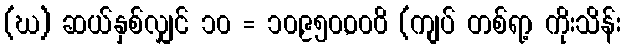
(ဃ) ဆယ်နှစ်လျှင် ၁၀ = ၁၀,၉၅၀,၀၀၀ိ (ကျပ် တစ်ရာ့ ကိုးသိန်း